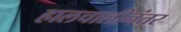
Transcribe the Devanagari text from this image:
हालचालीनंतर